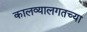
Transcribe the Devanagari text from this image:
कालव्यालगतच्या